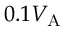
0 . 1 V _ { \mathrm { A } }